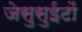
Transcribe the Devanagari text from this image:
जेसुसुईटों